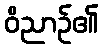
ဝိညာဉ်၏